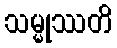
သမ္မုဿတိ